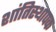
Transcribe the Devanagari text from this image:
शांतिस्थापक